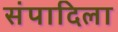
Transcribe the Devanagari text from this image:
संपादिला